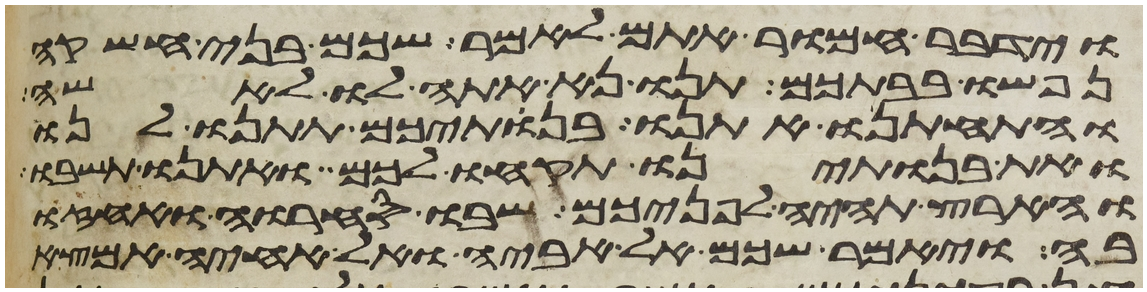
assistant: וידבר חמור אתם לאמר שכם בני חשקה
נפשו בבתכם תנו נא אתה לו לאשה
והתחתנו אתנו בנתיכם תתנו לנו
ואת בנתינו תקחו לכם ואתנו תשבו
והארץ תהיה לפניכם שבו סחרו ואחזו
בה ויאמר שכם אל אביה ואל אחיה אמצא